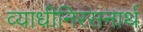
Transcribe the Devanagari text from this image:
व्याधीनिरसनार्थ